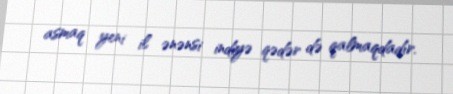
asmaq yeni il ənənsi indiyə qədər də qalmaqdadır.